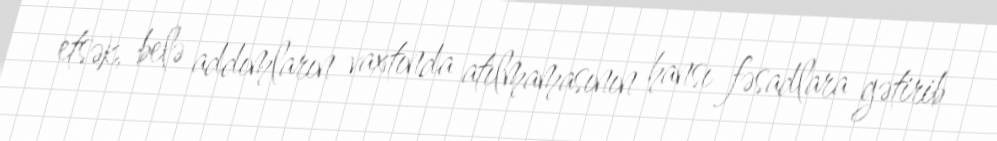
etsək, belə addımların vaxtında atılmamasının hansı fəsadlara gətirib